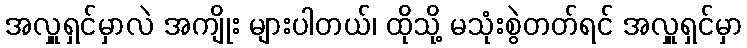
အလှူရှင်မှာလဲ အကျိုး များပါတယ်၊ ထိုသို့ မသုံးစွဲတတ်ရင် အလှူရှင်မှာ